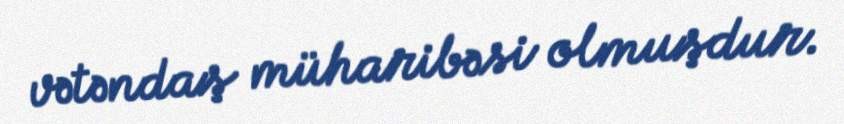
vətəndaş müharibəsi olmuşdur.